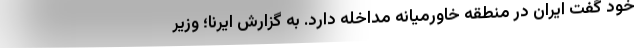
خود گفت ایران در منطقه خاورمیانه مداخله دارد. به گزارش ایرنا؛ وزیر